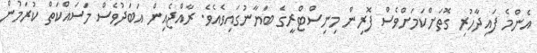
އެންމެ ފައިދާހުރި ގޮތަށްކަމަށްވެސް ފޮރިން މިނިސްޓްރީގެ ބަޔާނުގައިވެއެވެ. ރާއްޖެއިން އަބަދުވެސް މަސައްކަތް ކުރަމުން